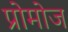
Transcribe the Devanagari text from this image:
प्रोमोज